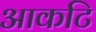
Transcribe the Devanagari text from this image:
आकटि